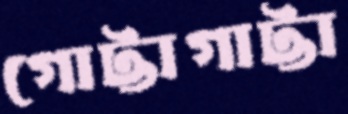
গোট্টাগাট্টা